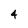
Character: 4